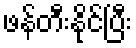
ဖန်တီးနိုင်ပြီး